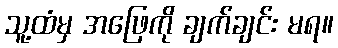
သူ့ထံမှ အဖြေကို ချက်ချင်း မရ။